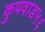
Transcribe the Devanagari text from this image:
कुपवाड५६